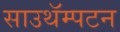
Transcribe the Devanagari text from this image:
साउथॅम्पटन